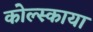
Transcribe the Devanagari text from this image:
कोल्स्काया